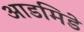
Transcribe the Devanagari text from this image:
आडमिडे